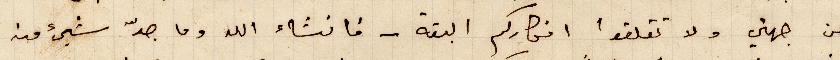
من جهتي ولا تقلقوا افكاركم البتة - فانشاء الله وما جدّ شيء منه